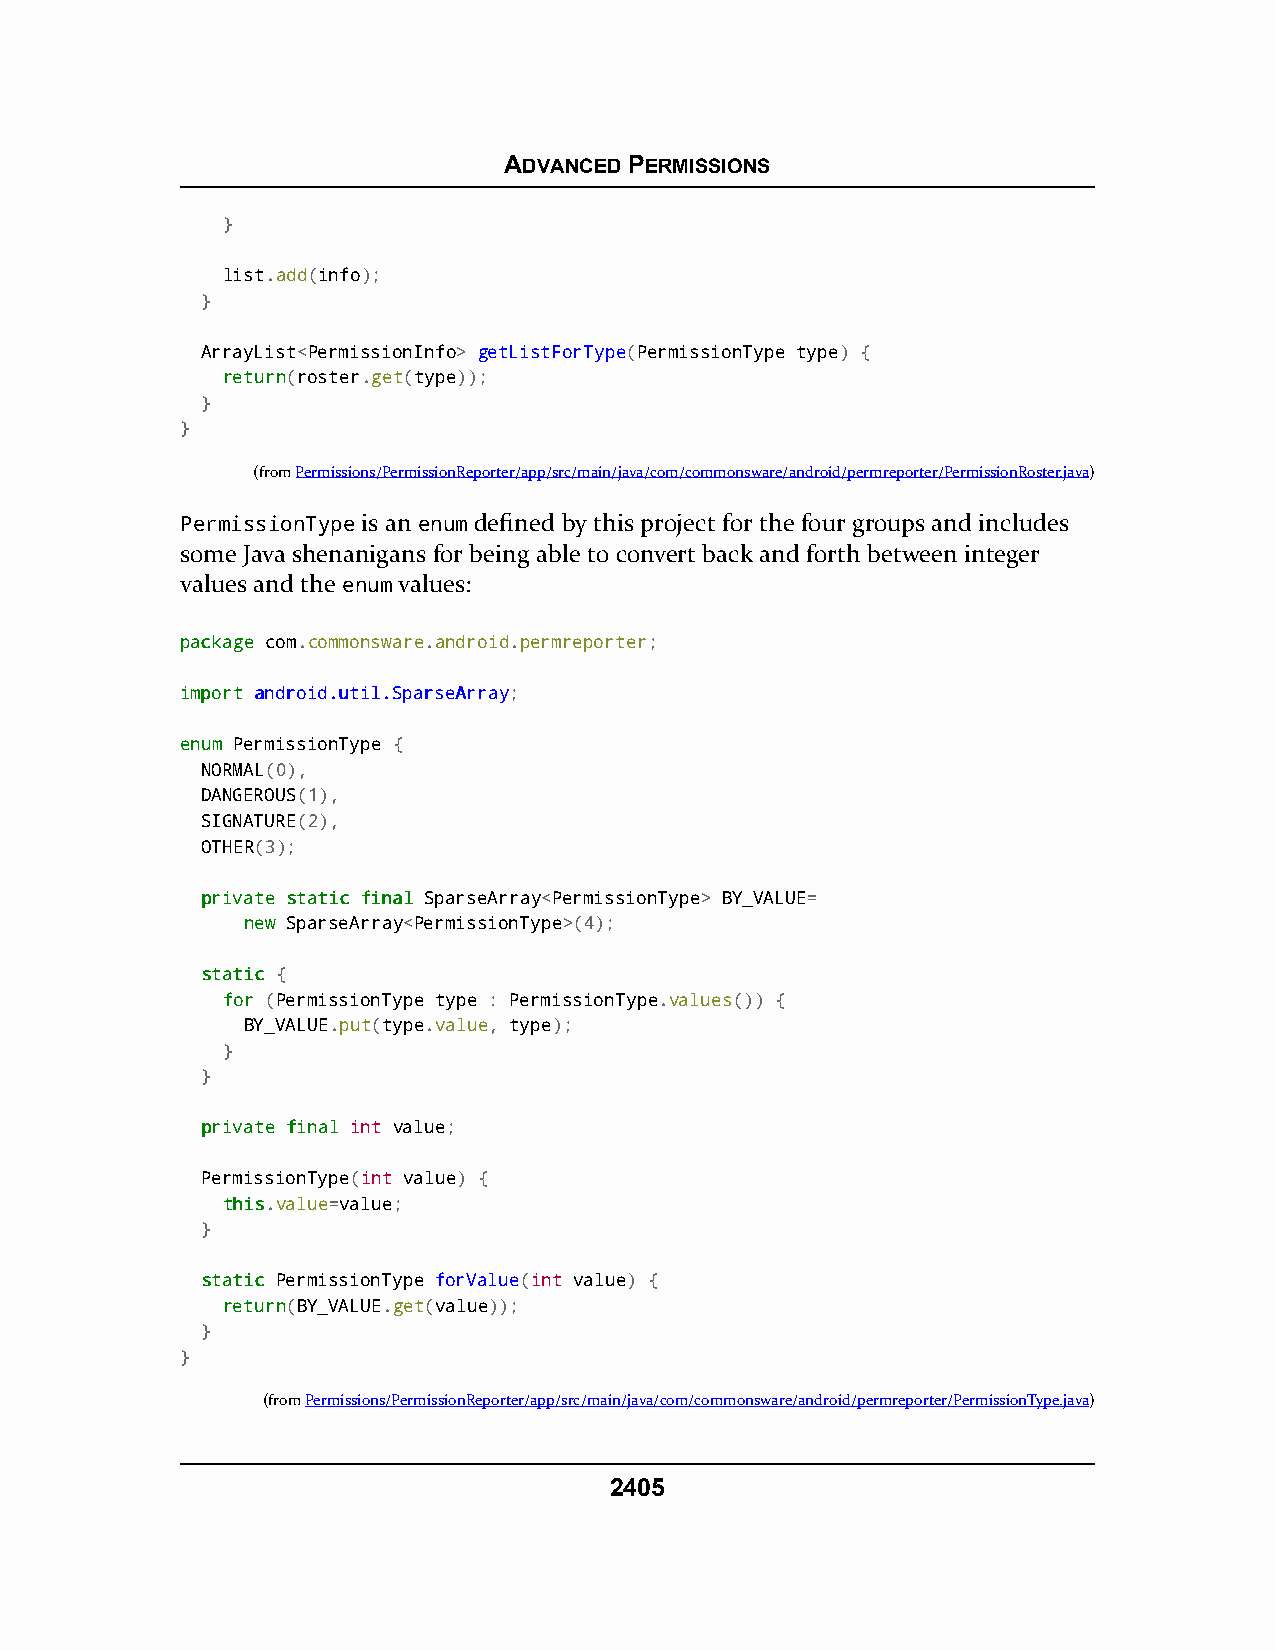
ADVANCED PERMISSIONS
 }
 list.add(info);
 }
 ArrayList<PermissionInfo> getListForType(PermissionType type) {
 rreettuurrnn(roster.get(type));
 }
 }
 (fromPermissions/PermissionReporter/app/src/main/java/com/commonsware/android/permreporter/PermissionRoster.java)
 PermissionType is an enum defined by this project for the four groups and includes
 some Java shenanigans for being able to convert back and forth between integer
 values and the enum values:
 ppaacckkaaggee com.commonsware.android.permreporter;
 iimmppoorrtt aannddrrooiidd..uuttiill..SSppaarrsseeAArrrraayy;
 eennuumm PermissionType {
 NORMAL(0),
 DANGEROUS(1),
 SIGNATURE(2),
 OTHER(3);
 pprriivvaattee ssttaattiicc ffiinnaall SparseArray<PermissionType> BY_VALUE=
 nneeww SparseArray<PermissionType>(4);
 ssttaattiicc {
 ffoorr (PermissionType type : PermissionType.values()) {
 BY_VALUE.put(type.value, type);
 }
 }
 pprriivvaattee ffiinnaall int value;
 PermissionType(int value) {
 tthhiiss.value=value;
 }
 ssttaattiicc PermissionType forValue(int value) {
 rreettuurrnn(BY_VALUE.get(value));
 }
 }
 (fromPermissions/PermissionReporter/app/src/main/java/com/commonsware/android/permreporter/PermissionType.java)
 2405